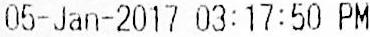
05-JAN-2017 03:17:50 PM